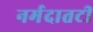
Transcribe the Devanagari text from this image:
नर्मदातटी